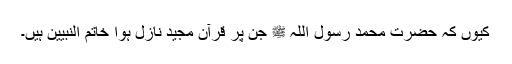
کیوں کہ حضرت محمد رسول اللہ ﷺ جن پر قرآن مجید نازل ہوا خاتم النبیین ہیں۔